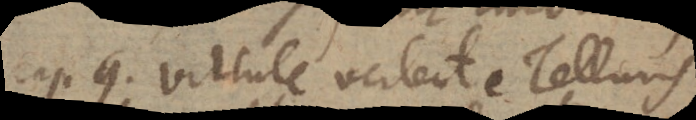
cap. 9. virtute vertente Telluris